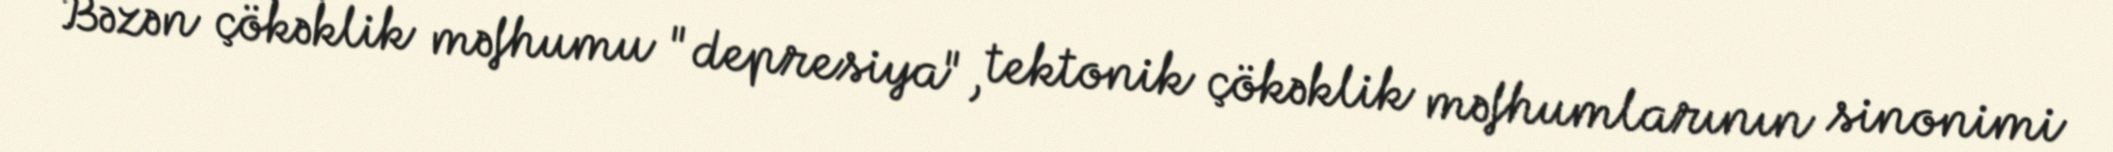
Bəzən çökəklik məfhumu "depresiya", tektonik çökəklik məfhumlarının sinonimi